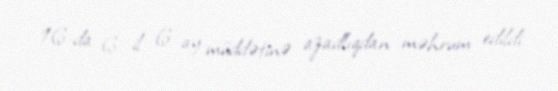
16-da 6 il 6 ay müddətinə azadlıqdan məhrum edildi.